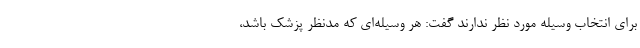
برای انتخاب وسیله مورد نظر ندارند گفت: هر وسیله‌ای که مدنظر پزشک باشد،